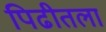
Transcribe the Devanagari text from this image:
पिढीतला